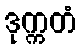
ဒုက္ကတံ